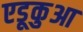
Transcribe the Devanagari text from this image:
एडूकुआ